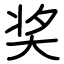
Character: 奖